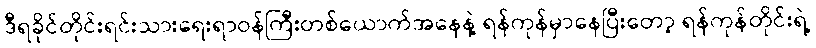
ဒီရခိုင်တိုင်းရင်းသားရေးရာဝန်ကြီးတစ်ယောက်အနေနဲ့ ရန်ကုန်မှာနေပြီးတော့ ရန်ကုန်တိုင်းရဲ့